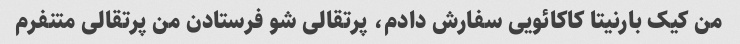
من کیک بارنیتا کاکائویی سفارش دادم، پرتقالی شو فرستادن من پرتقالی متنفرم